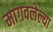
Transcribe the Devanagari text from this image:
मागवलेल्या